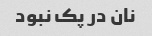
نان در پک نبود